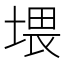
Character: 㙗